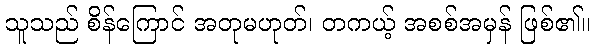
သူသည် စိန်ကြောင် အတုမဟုတ်၊ တကယ့် အစစ်အမှန် ဖြစ်၏။